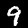
Digit: 9